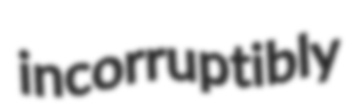
incorruptibly